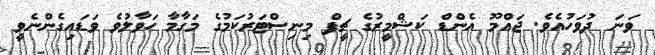
ވަނަ ދުވަހުއެވެ. ޖައްމޫ އެންޑް ކަޝްމީރުގެ ޗީފް މިނިސްޓަރުކަމުގެ މަގާމާ ހަވާލުވެ ވަޑައިގެންނެވީ